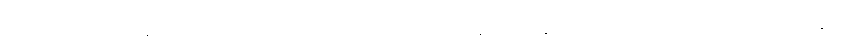
ဒါပေမဲ့ ကိုယ်ဝန်သည်တွေ ခံစားရတဲ့ ပြင်းထန်ပျို့အန် ဝေဒနာ အကြောင်းကို တင်ပြပြောဆိုမှု